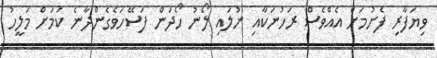
ވިޔަފާރި ފެށުމަށް އެއްވެސް ރަހުނަކާއި ނުލައި ލޯނު ހޯދަން ފަސޭހަވެގެންދާނެ ކަމަށް މަލީހު